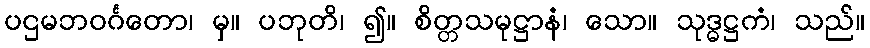
ပဌမဘဝင်္ဂတော၊ မှ။ ပဘုတိ၊ ၍။ စိတ္တသမုဋ္ဌာနံ၊ သော။ သုဒ္ဓဋ္ဌကံ၊ သည်။